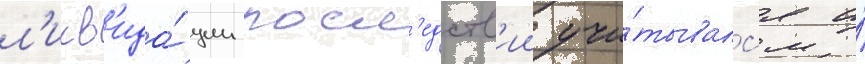
л'икв'ида́ции посл'едств'ии учи́тывалс'я и́